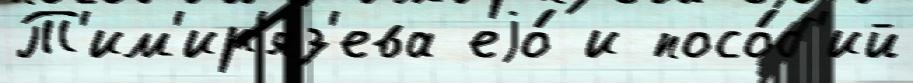
Т'им'ир'яз'ева еjо́ и посо́б'ий